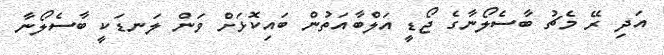
އަދި ރޭ މެޗު ބާސެލޯނާގެ ޖޯޑީ އަލްބާއަތުން ބައިކޮޅަށް ވަން ލަނޑަކީ ބާސެލޯނާ